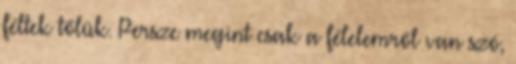
féltek tőlük. Persze megint csak a félelemről van szó,